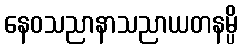
နေဝသညာနာသညာယတနမ္ပိ